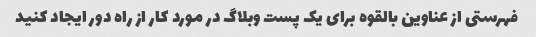
فهرستی از عناوین بالقوه برای یک پست وبلاگ در مورد کار از راه دور ایجاد کنید